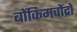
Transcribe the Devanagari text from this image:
बोंकिमचोंद्रो